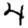
Digit: 4